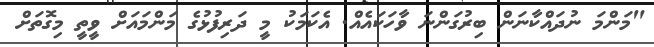
"މަންމަ ނުދައްކާނަން ބިރުގަންނަ ވާހަކައެއް. އެކަމަކު މީ ދަރިފުޅުގެ މަންމައަށް ވީތީ މިގޮތަށް